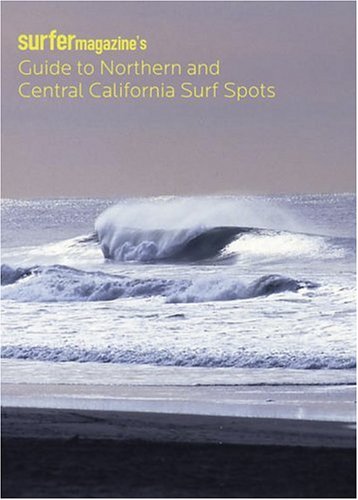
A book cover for Surfer Magazine's Guide to Northern and Central California Surf Spots; Surfer Magazine (COL); Sports & Outdoors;